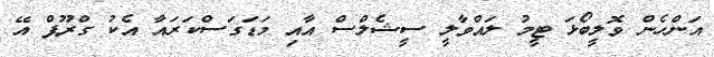
އަންހެން ވޮލީބޯޅަ ޓީމު ލައްވާލީ ސީޝެލްސް އާއި މަޑަގަސްކަރައާ އެކު ގްރޫޕް އޭ